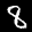
Label: 8